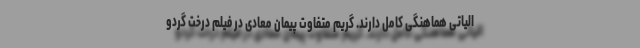
الیاتی هماهنگی کامل دارند. گریم متفاوت پیمان معادی در فیلم درخت گردو